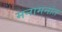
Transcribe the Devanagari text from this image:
मनामनांत